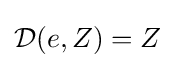
{\mathcal {D}}(e,Z)=Z